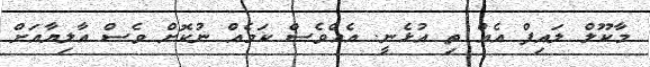
މާކޫލް ލައިފް އެއް ތި އުޅެނީ. އެއްވެސް ކަމެއް ނުކޮށް ވެސް އާލިޔާއަށް